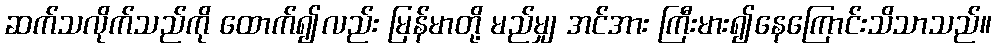
ဆက်သလိုက်သည်ကို ထောက်၍လည်း မြန်မာတို့ မည်မျှ အင်အား ကြီးမား၍နေကြောင်းသိသာသည်။